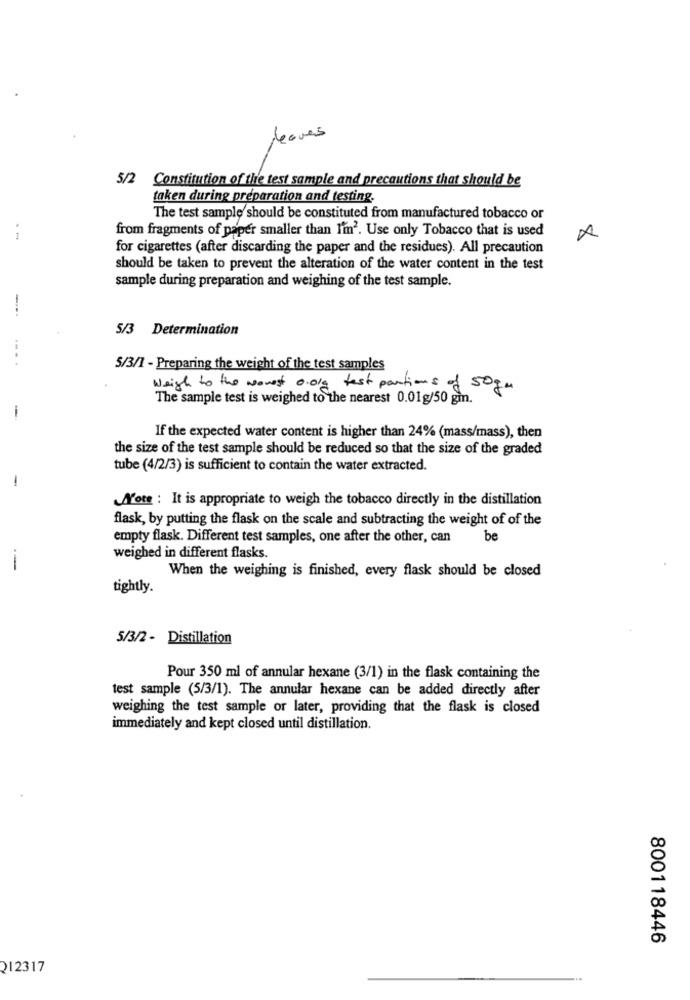
leaves
5/2 Constitution of the test sample and precautions that should be
taken during preparation and testing.
The test sample should be constituted from manufactured tobacco or
from fragments of paper smaller than I'm2. Use only Tobacco that is used
1
for cigarettes (after discarding the paper and the residues). All precaution
should be taken to prevent the alteration of the water content in the test
sample during preparation and weighing of the test sample.
5/3 Determination
--
5/3/1 - Preparing the weight of the test samples
Weigh to the nonest 0.0Kg test partions of 50gm
The sample test is weighed to the nearest 0.01g/50 gm.
-
If the expected water content is higher than 24% (mass/mass), then
the size of the test sample should be reduced so that the size of the graded
tube (4/2/3) is sufficient to contain the water extracted.
-
Note : It is appropriate to weigh the tobacco directly in the distillation
flask, by putting the flask on the scale and subtracting the weight of of the
empty flask. Different test samples, one after the other, can
be
weighed in different flasks.
--
When the weighing is finished, every flask should be closed
tightly.
5/3/2 - Distillation
Pour 350 ml of annular hexane (3/1) in the flask containing the
test sample (5/3/1). The annular hexane can be added directly after
weighing the test sample or later, providing that the flask is closed
immediately and kept closed until distillation.
800118446
212317